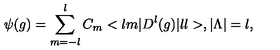
\psi ( g ) = \sum _ { m = - l } ^ { l } C _ { m } < l m | D ^ { l } ( g ) | l l > , | { \Lambda } | = l ,